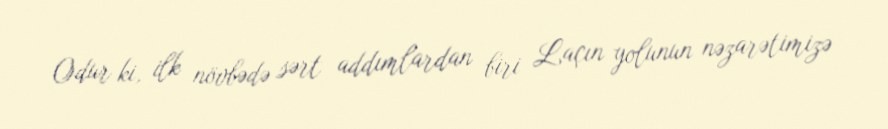
Odur ki, ilk növbədə sərt addımlardan biri Laçın yolunun nəzarətimizə